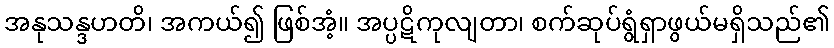
အနုသန္ဒဟတိ၊ အကယ်၍ ဖြစ်အံ့။ အပ္ပဋိကုလျတာ၊ စက်ဆုပ်ရွံရှာဖွယ်မရှိသည်၏